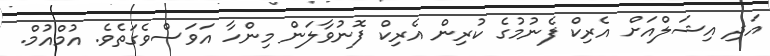
އަދި އިޝަލްއަށް އެރިކް ފެނުމުގެ ކުރިން އެރިކް ފޮނުވާލަން މިންހާ އަވަސްވެގަތެވެ. އުމްއުމް.